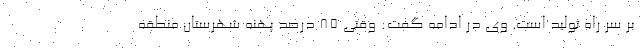
بر سر راه تولید است. وی در ادامه گفت: وقتی ۸۵ درصد پهنه شهرستان منطقه